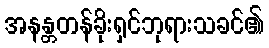
အနန္တတန်ခိုးရှင်ဘုရားသခင်၏